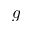
\boldsymbol { g }